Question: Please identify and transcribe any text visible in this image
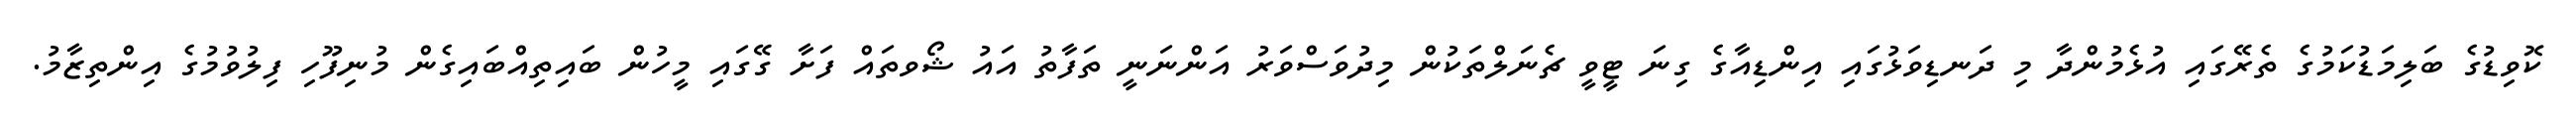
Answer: ކޮވިޑުގެ ބަލިމަޑުކަމުގެ ތެރޭގައި އުޅެމުންދާ މި ދަނޑިވަޅުގައި އިންޑިއާގެ ގިނަ ޓީވީ ޗެނަލްތަކުން މިދުވަސްވަރު އަންނަނީ ތަފާތު އައު ޝޯވތައް ފަށާ ގޭގައި މީހުން ބައިތިއްބައިގެން މުނިފޫހި ފިލުވުމުގެ އިންތިޒާމު.